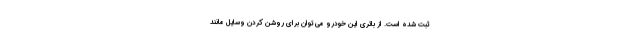
ثبت شده است. از باتری این خودرو می توان برای روشن کردن وسایل مانند